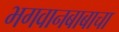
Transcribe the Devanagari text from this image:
भगवानबाबाचा